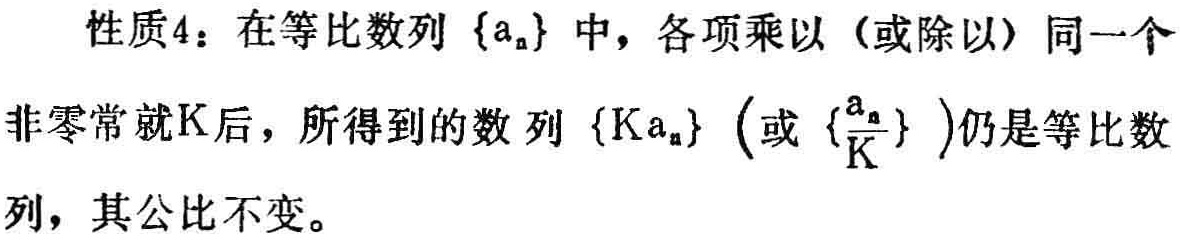
性质4：在等比数列\(\{a_{n}\}\)中，各项乘以（或除以）同一个非零常就K后，所得到的数列\(\{Ka_{n}\}\)（或\(\{\frac{a_{n}}{K}\}\)）仍是等比数列，其公比不变。